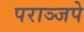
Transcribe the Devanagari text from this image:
पराञ्जपे